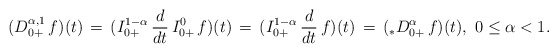
\begin{align*}(D^{\alpha,1}_{0+}\, f)(t) \, = \, (I_{0+}^{1-\alpha}\, \frac{d}{dt}\, I_{0+}^{0}\, f)(t)\, = \, (I_{0+}^{1-\alpha}\, \frac{d}{dt}\, f)(t)\, = \,( _*D^\alpha_{0+}\, f)(t),\ 0 \le \alpha < 1.\end{align*}